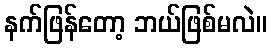
နက်ဖြန်တော့ ဘယ်ဖြစ်မလဲ။